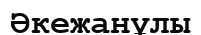
Әкежанұлы